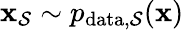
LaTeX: \mathbf{\boldsymbol{x}}_{\mathcal{S}}\sim p_{\mathrm{data},\mathcal{S}}(\mathbf{\boldsymbol{x}})